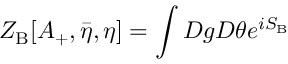
Z _ { \mathrm { B } } [ A _ { + } , { \bar { \eta } } , \eta ] = \int D g D \theta e ^ { i S _ { \mathrm { B } } }